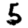
Digit: 5